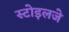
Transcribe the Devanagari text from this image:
स्टोइलजे